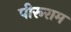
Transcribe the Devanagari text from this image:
पीरूराम